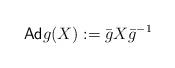
LaTeX: \begin{align*}\textsf{Ad}g(X):= \bar{g} X{\bar{g}}^{-1}\end{align*}